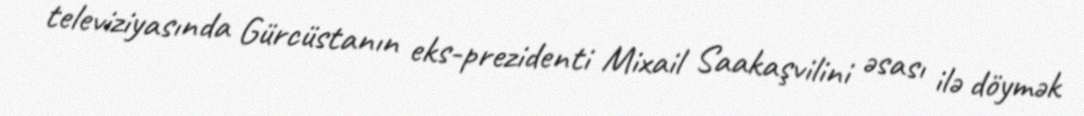
televiziyasında Gürcüstanın eks-prezidenti Mixail Saakaşvilini əsası ilə döymək